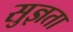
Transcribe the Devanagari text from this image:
सुज्ञता